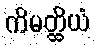
ကိမတ္ထိယံ